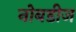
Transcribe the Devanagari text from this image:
नोबडीज